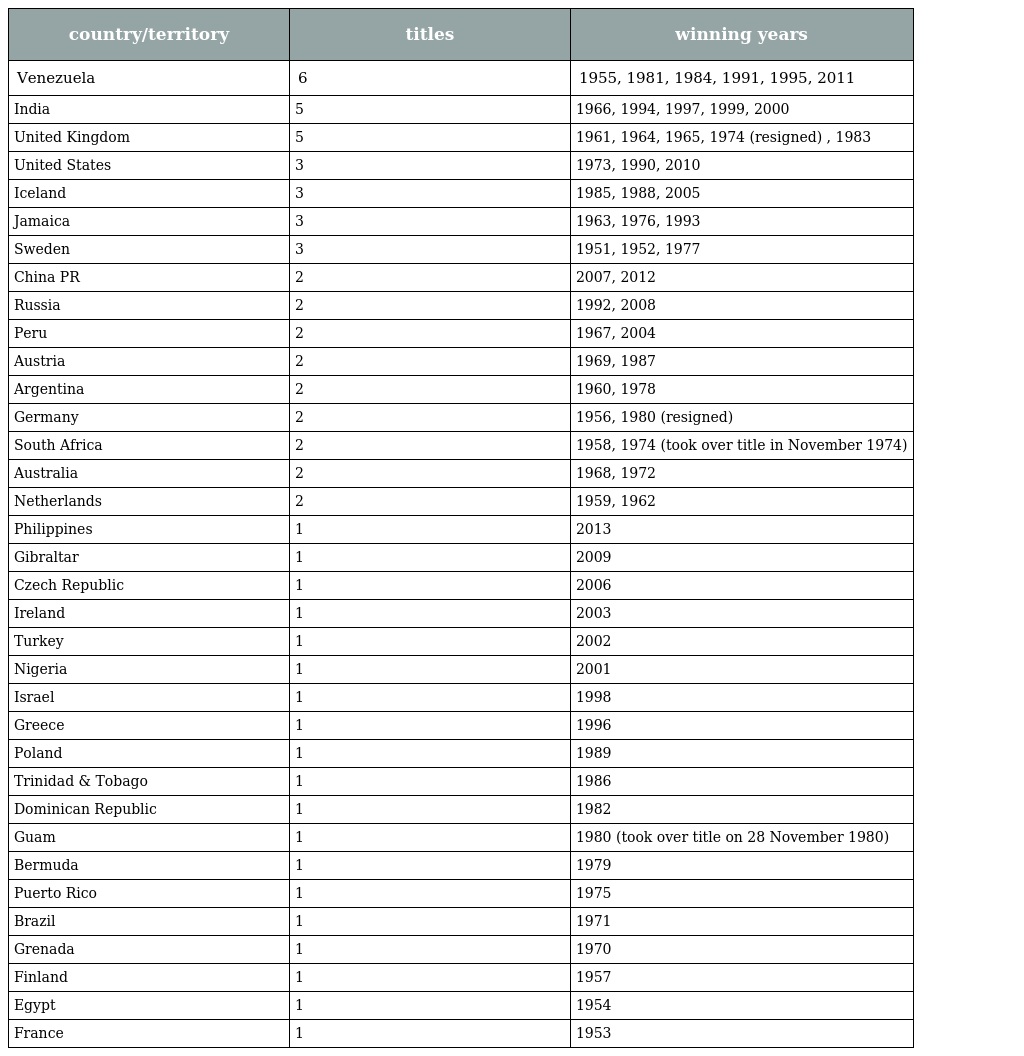
| country/territory | titles | winning years |
 | --- | --- | --- |
 | Venezuela | 6 | 1955, 1981, 1984, 1991, 1995, 2011 |
 | India | 5 | 1966, 1994, 1997, 1999, 2000 |
 | United Kingdom | 5 | 1961, 1964, 1965, 1974 (resigned) , 1983 |
 | United States | 3 | 1973, 1990, 2010 |
 | Iceland | 3 | 1985, 1988, 2005 |
 | Jamaica | 3 | 1963, 1976, 1993 |
 | Sweden | 3 | 1951, 1952, 1977 |
 | China PR | 2 | 2007, 2012 |
 | Russia | 2 | 1992, 2008 |
 | Peru | 2 | 1967, 2004 |
 | Austria | 2 | 1969, 1987 |
 | Argentina | 2 | 1960, 1978 |
 | Germany | 2 | 1956, 1980 (resigned) |
 | South Africa | 2 | 1958, 1974 (took over title in November 1974) |
 | Australia | 2 | 1968, 1972 |
 | Netherlands | 2 | 1959, 1962 |
 | Philippines | 1 | 2013 |
 | Gibraltar | 1 | 2009 |
 | Czech Republic | 1 | 2006 |
 | Ireland | 1 | 2003 |
 | Turkey | 1 | 2002 |
 | Nigeria | 1 | 2001 |
 | Israel | 1 | 1998 |
 | Greece | 1 | 1996 |
 | Poland | 1 | 1989 |
 | Trinidad & Tobago | 1 | 1986 |
 | Dominican Republic | 1 | 1982 |
 | Guam | 1 | 1980 (took over title on 28 November 1980) |
 | Bermuda | 1 | 1979 |
 | Puerto Rico | 1 | 1975 |
 | Brazil | 1 | 1971 |
 | Grenada | 1 | 1970 |
 | Finland | 1 | 1957 |
 | Egypt | 1 | 1954 |
 | France | 1 | 1953 |